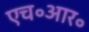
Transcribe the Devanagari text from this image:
एच॰आर॰